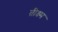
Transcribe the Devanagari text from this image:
तीक्ष्म